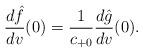
LaTeX: \begin{align*} \frac{d\hat{f}}{dv}(0)=\frac{1}{c_{+0}}\frac{d\hat{g}}{dv}(0).\end{align*}